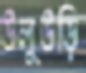
উলুউড়ি